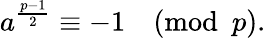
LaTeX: a^{\frac{p-1}{2}}\equiv-1{\pmod{p}}.